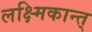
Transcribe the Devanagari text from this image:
लक्ष्मिकान्त्